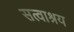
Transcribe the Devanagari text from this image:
सत्वाश्रय